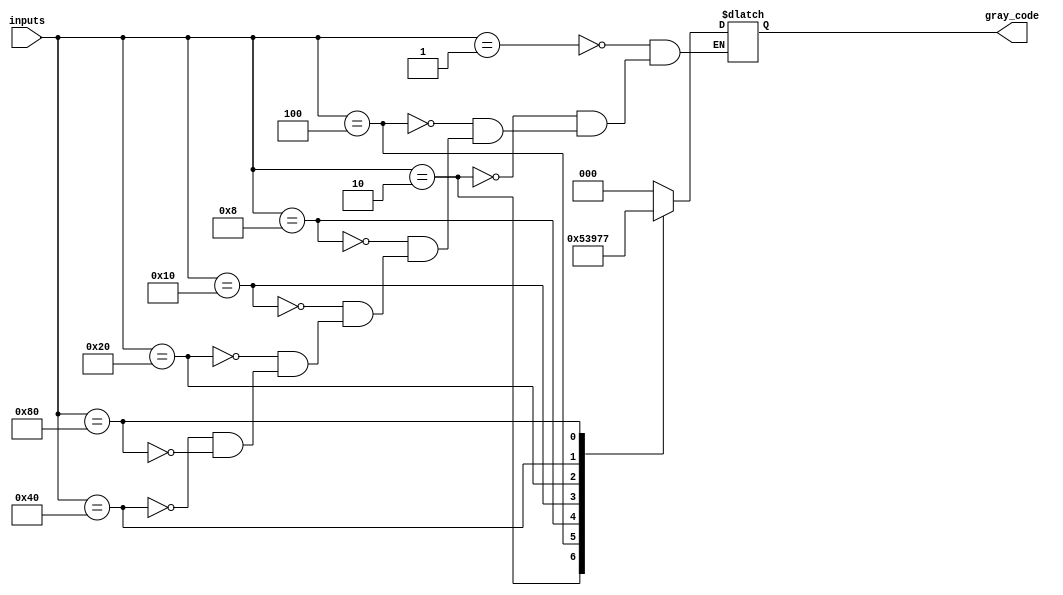
module gray_encoder (
  input [7:0] inputs,
  output reg [2:0] gray_code
);

always @(*) begin
  case(inputs)
    8'b00000001 : gray_code = 3'b000;
    8'b00000010 : gray_code = 3'b001;
    8'b00000100 : gray_code = 3'b010;
    8'b00001000 : gray_code = 3'b011;
    8'b00010000 : gray_code = 3'b100;
    8'b00100000 : gray_code = 3'b101;
    8'b01000000 : gray_code = 3'b110;
    8'b10000000 : gray_code = 3'b111;
  endcase
end

endmodule